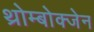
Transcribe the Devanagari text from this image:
थ्रोम्बोक्जेन